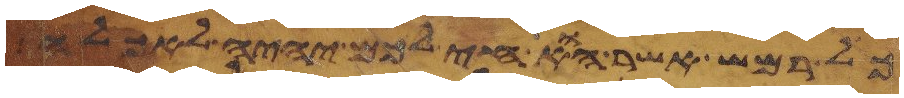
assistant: כל רמש אשר הוא חי לכם יהיה לאכלה